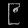
Digit: ၉